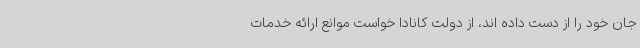
جان خود را از دست داده اند، از دولت کانادا خواست موانع ارائه خدمات